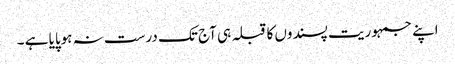
اپنے جمہوریت پسندوں کا قبلہ ہی آج تک درست نہ ہوپایا ہے ۔